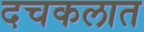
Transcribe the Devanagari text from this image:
दचकलात